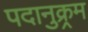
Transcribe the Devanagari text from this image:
पदानुक्र्रम